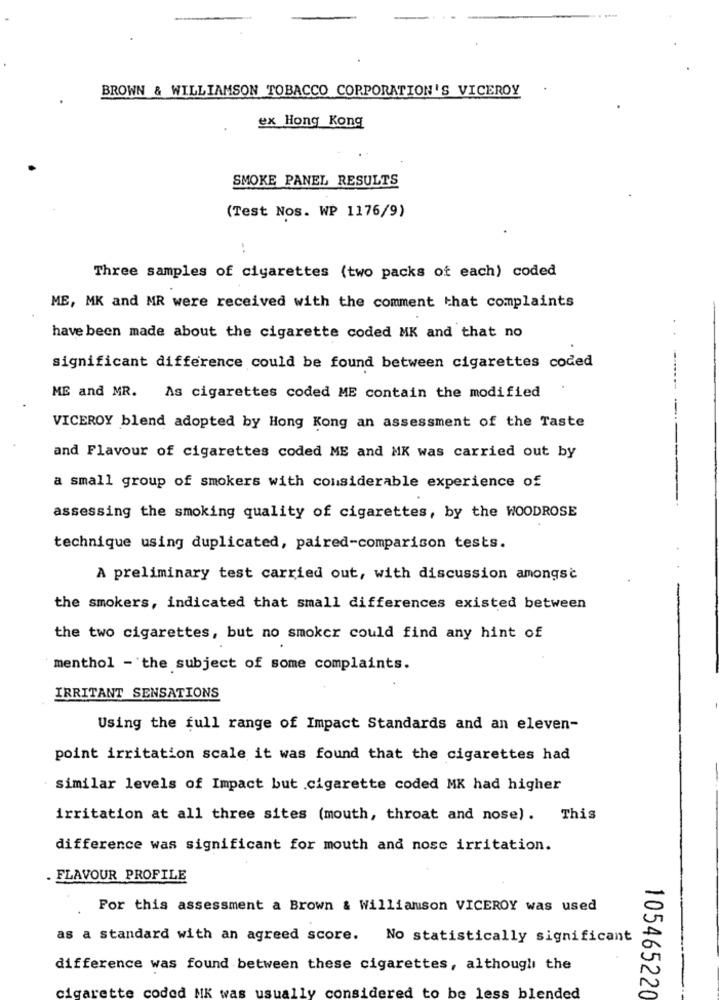
BROWN & WILLIAMSON TOBACCO CORPORATION'S VICEROY
ex Hong Kong
SMOKE PANEL RESULTS
(Test Nos. WP 1176/9)
Three samples of cigarettes (two packs of each) coded
ME, MK and MR were received with the comment that complaints
have been made about the cigarette coded MK and that no
significant difference could be found between cigarettes coded
ME and MR. As cigarettes coded ME contain the modified
VICEROY blend adopted by Hong Kong an assessment of the Taste
and Flavour of cigarettes coded ME and MK was carried out by
a small group of smokers with considerable experience of
assessing the smoking quality of cigarettes, by the WOODROSE
technique using duplicated, paired-comparison tests.
A preliminary test carried out, with discussion amongst
the smokers, indicated that small differences existed between
the two cigarettes, but no smoker could find any hint of
menthol - the subject of some complaints.
IRRITANT SENSATIONS
Using the full range of Impact Standards and an eleven-
point irritation scale it was found that the cigarettes had
similar levels of Impact but .cigarette coded MK had higher
irritation at all three sites (mouth, throat and nose). This
difference was significant for mouth and nosc irritation.
. FLAVOUR PROFILE
For this assessment a Brown & Williamson VICEROY was used
as a standard with an agreed score.
No statistically significant
difference was found between these cigarettes, although the
cigarette coded MK
considered to be less blended
105465220